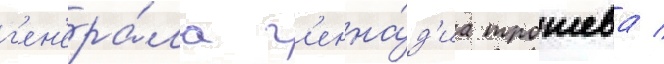
г'ен'ера́ла г'енна́д'иа трошева /